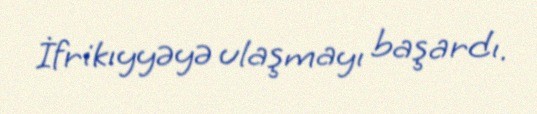
İfrikıyyəyə ulaşmayı başardı.